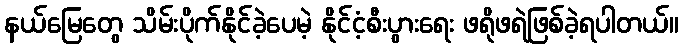
နယ်မြေတွေ သိမ်းပိုက်နိုင်ခဲ့ပေမဲ့ နိုင်ငံ့စီးပွားရေး ဖရိုဖရဲဖြစ်ခဲ့ရပါတယ်။